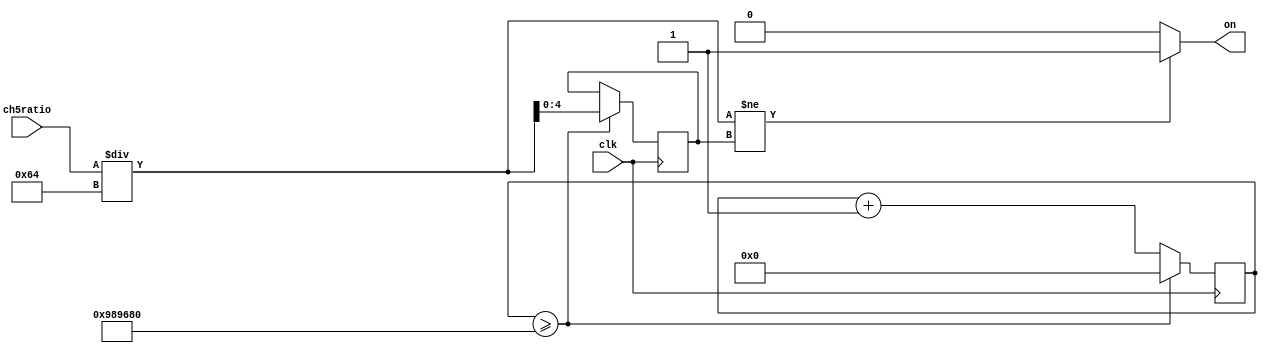
module buzzer(clk,ch5ratio,on);
input clk;
input [8:0] ch5ratio;
output on;


reg on;
reg [31:0] counter;
reg [4:0] temp;

always @ (posedge clk)
begin
counter <= counter+1;




if (counter >= 32'd10000000)	
begin						
counter <= 32'b0;		
temp <= (ch5ratio/100);
end




end


always @(*)
begin
if ((ch5ratio/100)!=temp)
on = 1'b1;
else
on = 1'b0;


end


endmodule